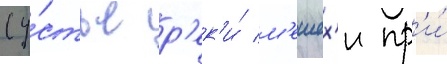
(у́стье р'ек'и́ м'ешех'и пр'и́